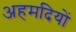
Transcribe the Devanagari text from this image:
अहमदियों